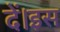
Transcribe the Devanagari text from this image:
दें।इस